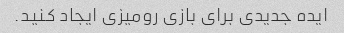
ایده جدیدی برای بازی رومیزی ایجاد کنید.